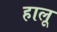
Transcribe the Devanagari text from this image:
हालू